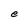
Character: e